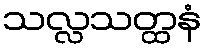
သလ္လသတ္ထနံ